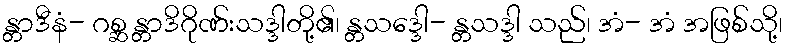
န္တာဒီနံ- ဂစ္ဆ န္တာဒိဂိုဏ်းသဒ္ဒါတို့၏၊ န္တသဒ္ဒေါ- န္တသဒ္ဒါ သည်၊ အံ- အံ အဖြစ်သို့၊